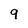
Character: 9